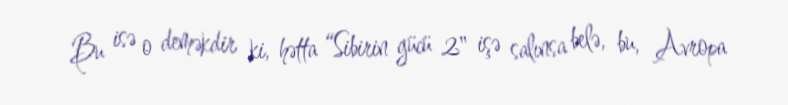
Bu isə o deməkdir ki, hətta “Sibirin gücü 2" işə salınsa belə, bu, Avropa